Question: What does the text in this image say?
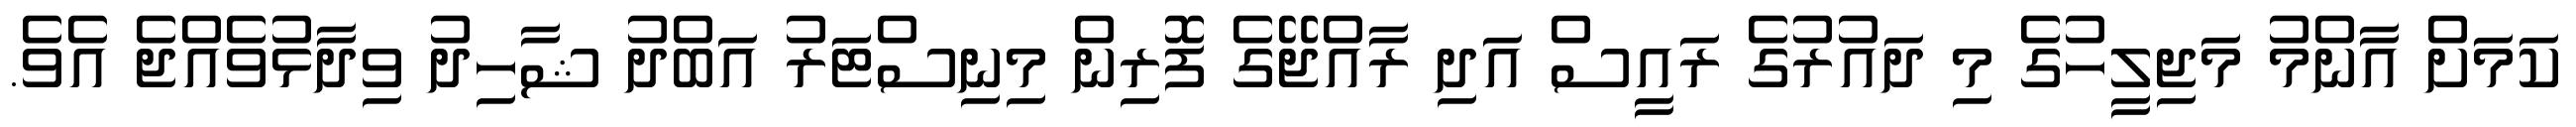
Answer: ކަމަށް އާންމު މަޖިލީހުގެ މި ދައުރުގެ ރައީސް އަދި ރާއްޖޭގެ ފޮރިން މިނިސްޓަރު އަބްދު ޝާހިދު ވިދާޅުވެއްޖެ އެވެ.